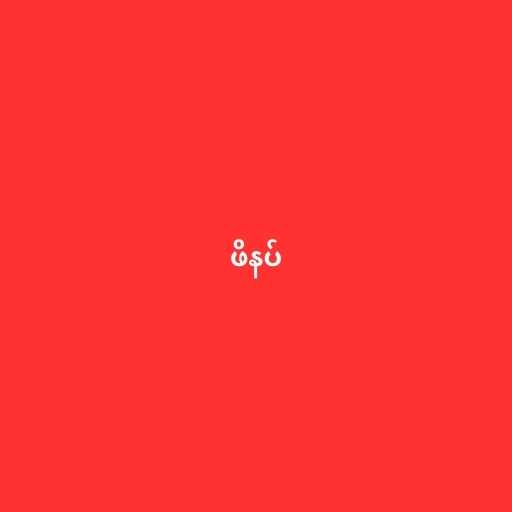
ဖိနပ်